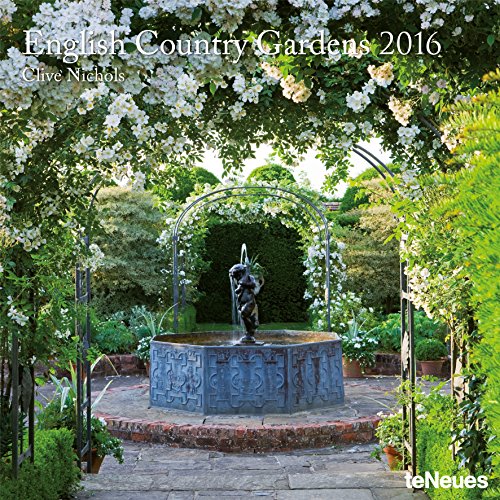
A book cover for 2016 English Country Gardens Wall Calendar; Calendars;